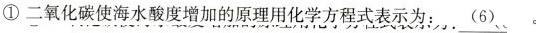
①二氧化碳使海水酸度增加的原理用化学方程式表示为\underline{(6)}。